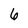
Character: 6